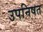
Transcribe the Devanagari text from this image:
उपनिषत